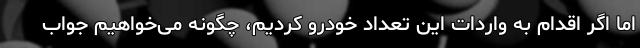
اما اگر اقدام به واردات این تعداد خودرو کردیم، چگونه می‌خواهیم جواب